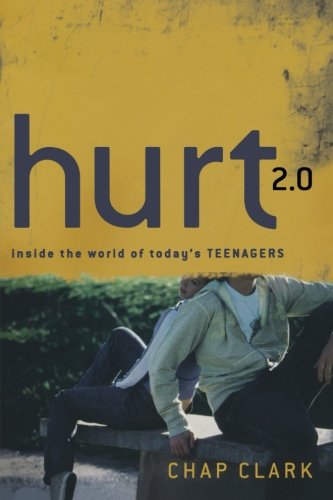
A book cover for Hurt 2.0: Inside the World of Today's Teenagers (Youth, Family, and Culture); Chap Clark; Parenting & Relationships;